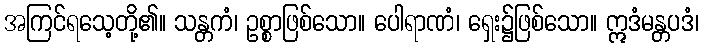
အကြင်ရသေ့တို့၏။ သန္တကံ၊ ဥစ္စာဖြစ်သော။ ပေါရာဏံ၊ ရှေး၌ဖြစ်သော။ ဣဒံမန္တပဒံ၊